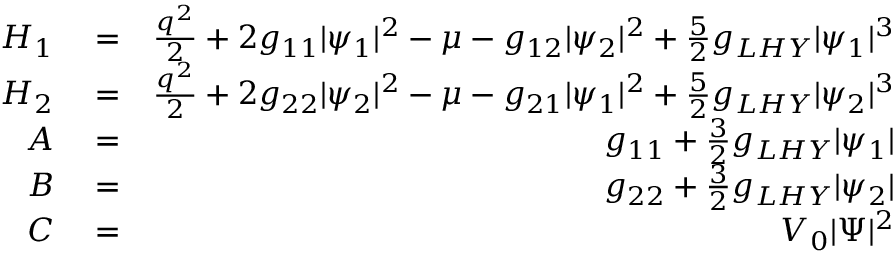
\begin{array} { r l r } { H _ { 1 } } & { { } = } & { \frac { q ^ { 2 } } { 2 } + 2 g _ { 1 1 } | \psi _ { 1 } | ^ { 2 } - \mu - g _ { 1 2 } | \psi _ { 2 } | ^ { 2 } + \frac { 5 } { 2 } g _ { L H Y } | \psi _ { 1 } | ^ { 3 } } \\ { H _ { 2 } } & { { } = } & { \frac { q ^ { 2 } } { 2 } + 2 g _ { 2 2 } | \psi _ { 2 } | ^ { 2 } - \mu - g _ { 2 1 } | \psi _ { 1 } | ^ { 2 } + \frac { 5 } { 2 } g _ { L H Y } | \psi _ { 2 } | ^ { 3 } } \\ { A } & { { } = } & { g _ { 1 1 } + \frac { 3 } { 2 } g _ { L H Y } | \psi _ { 1 } | } \\ { B } & { { } = } & { g _ { 2 2 } + \frac { 3 } { 2 } g _ { L H Y } | \psi _ { 2 } | } \\ { C } & { { } = } & { V _ { 0 } | \Psi | ^ { 2 } } \end{array}